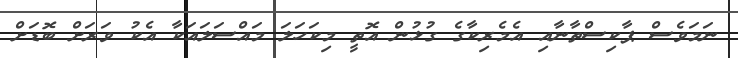
ނަމަވެސް ޕާކިސްތާނާއި އެމެރިކާގެ ގުޅުން އޮތީ މިކަހަލަ މައްސަލައަކާ އެކު ވަރަށް ބޮޑަށް